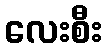
လေးစီး